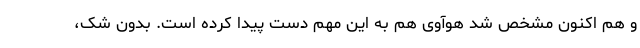
و هم اکنون مشخص شد هوآوی هم به این مهم دست پیدا کرده است. بدون شک،